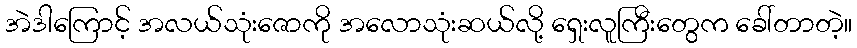
အဲဒါကြောင့် အလယ်သုံးဇောကို အလောသုံးဆယ်လို့ ရှေးလူကြီးတွေက ခေါ်တာတဲ့။